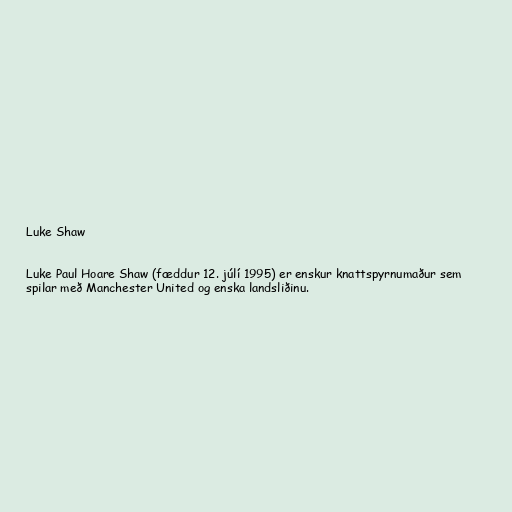
Luke Shaw

Luke Paul Hoare Shaw (fæddur 12. júlí 1995) er enskur knattspyrnumaður sem
spilar með Manchester United og enska landsliðinu.